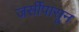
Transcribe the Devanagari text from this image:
जर्सीपासून